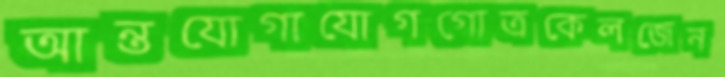
আন্তযোগাযোগগোত্রকেলজেন